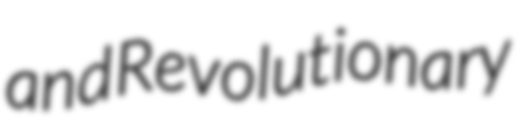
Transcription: and Revolutionary